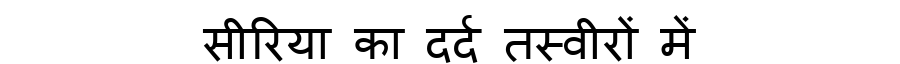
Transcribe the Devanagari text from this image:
सीरिया का दर्द तस्वीरों में